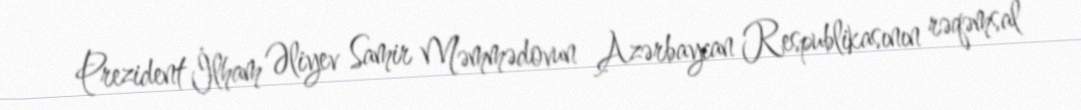
Prezident İlham Əliyev Samir Məmmədovun Azərbaycan Respublikasının rəqəmsal